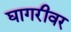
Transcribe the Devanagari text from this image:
घागरीवर